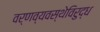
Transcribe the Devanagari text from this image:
वर्णव्यवस्थेविरुद्ध